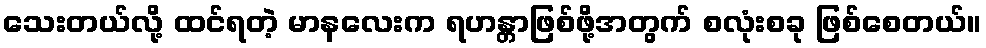
သေးတယ်လို့ ထင်ရတဲ့ မာနလေးက ရဟန္တာဖြစ်ဖို့အတွက် စလုံးစခု ဖြစ်စေတယ်။